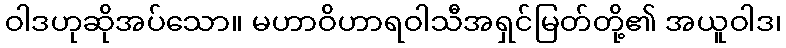
ဝါဒဟုဆိုအပ်သော။ မဟာဝိဟာရဝါသီအရှင်မြတ်တို့၏ အယူဝါဒ၊